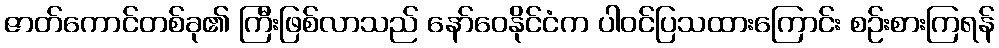
ဇာတ်ကောင်တစ်ခု၏ ကြီးဖြစ်လာသည် နော်ဝေနိုင်ငံက ပါဝင်ပြသထားကြောင်း စဉ်းစားကြရန်